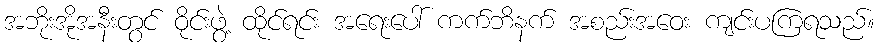
အဘိုးအိုအနီးတွင် ဝိုင်းဖွဲ့ ထိုင်ရင်း အရေးပေါ် ကက်ဘိနက် အစည်းအဝေး ကျင်းပကြရသည်။